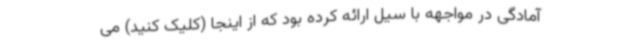
آمادگی در مواجهه با سیل ارائه کرده بود که از اینجا (کلیک کنید) می